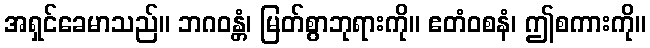
အရှင်ခေမာသည်။ ဘဂဝန္တံ၊ မြတ်စွာဘုရားကို။ ဧတံဝစနံ၊ ဤစကားကို။